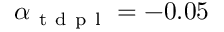
\alpha _ { \mathrm { ~ t ~ d ~ p ~ l ~ } } = - 0 . 0 5